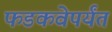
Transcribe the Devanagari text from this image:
फडकवेपर्यंत